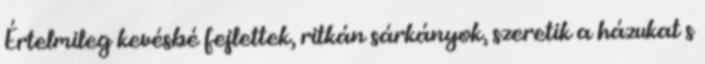
Értelmileg kevésbé fejlettek, ritkán sárkányok, szeretik a házukat s